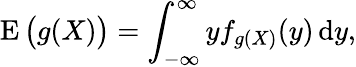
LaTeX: \operatorname{E}{\big(}g(X){\big)}=\int_{-\infty}^{\infty}yf_{g(X)}(y)\, \mathrm{d}y,